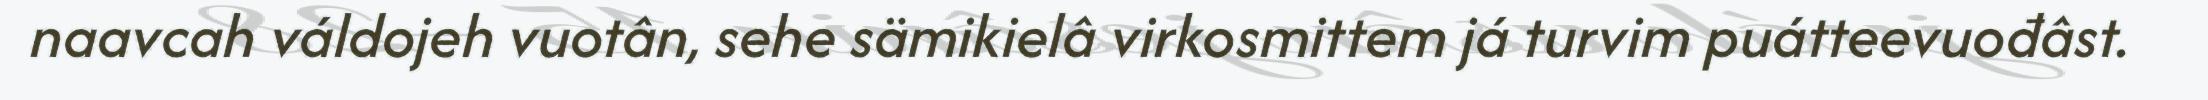
naavcah váldojeh vuotân, sehe sämikielâ virkosmittem já turvim puátteevuođâst.